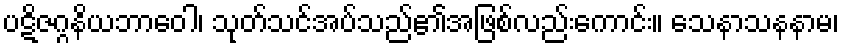
ပဋိဇဂ္ဂနိယဘာဝေါ၊ သုတ်သင်အပ်သည်၏အဖြစ်လည်းကောင်း။ သေနာသနနာမ၊